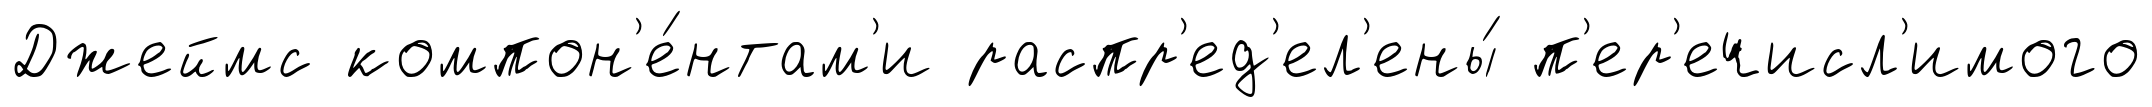
Джеймс компон'е́нтам'и распр'ед'ел'ены́ п'ер'ечисл'имого